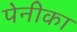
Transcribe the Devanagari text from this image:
पेनीका